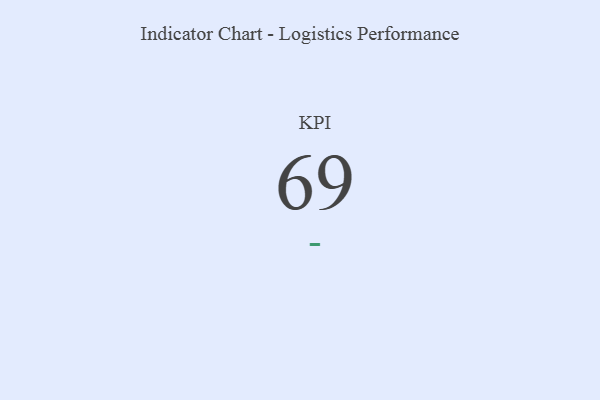
{"axis": {"x": "KPI", "y": "Value"}, "legend": [""], "data": [{"x": "KPI", "y": 69, "type": ""}]}